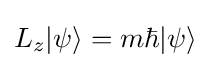
L_{z}|\psi \rangle =m\hbar |\psi \rangle